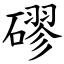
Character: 磟